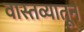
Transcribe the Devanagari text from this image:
वास्तव्यातून